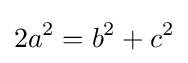
2a^{2}=b^{2}+c^{2}